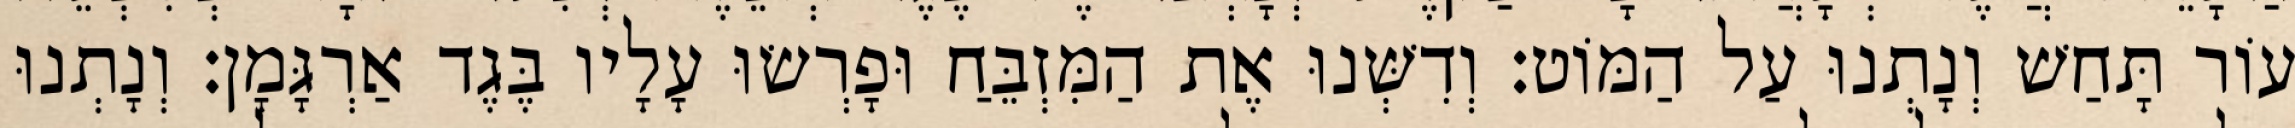
עוֹר תָּחַשׁ וְנָתְנוּ עַל הַמּוֹט׃ וְדִשְּׁנוּ אֶת הַמִּזְבֵּחַ וּפָרְשׂוּ עָלָיו בֶּגֶד אַרְגָּמָן׃ וְנָתְנוּ